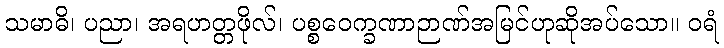
သမာဓိ၊ ပညာ၊ အရဟတ္တဖိုလ်၊ ပစ္စဝေက္ခဏာဉာဏ်အမြင်ဟုဆိုအပ်သော။ ဝရံ